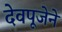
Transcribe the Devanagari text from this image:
देवपूजेने